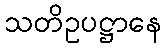
သတိဥပဋ္ဌာနေ